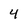
Character: 4